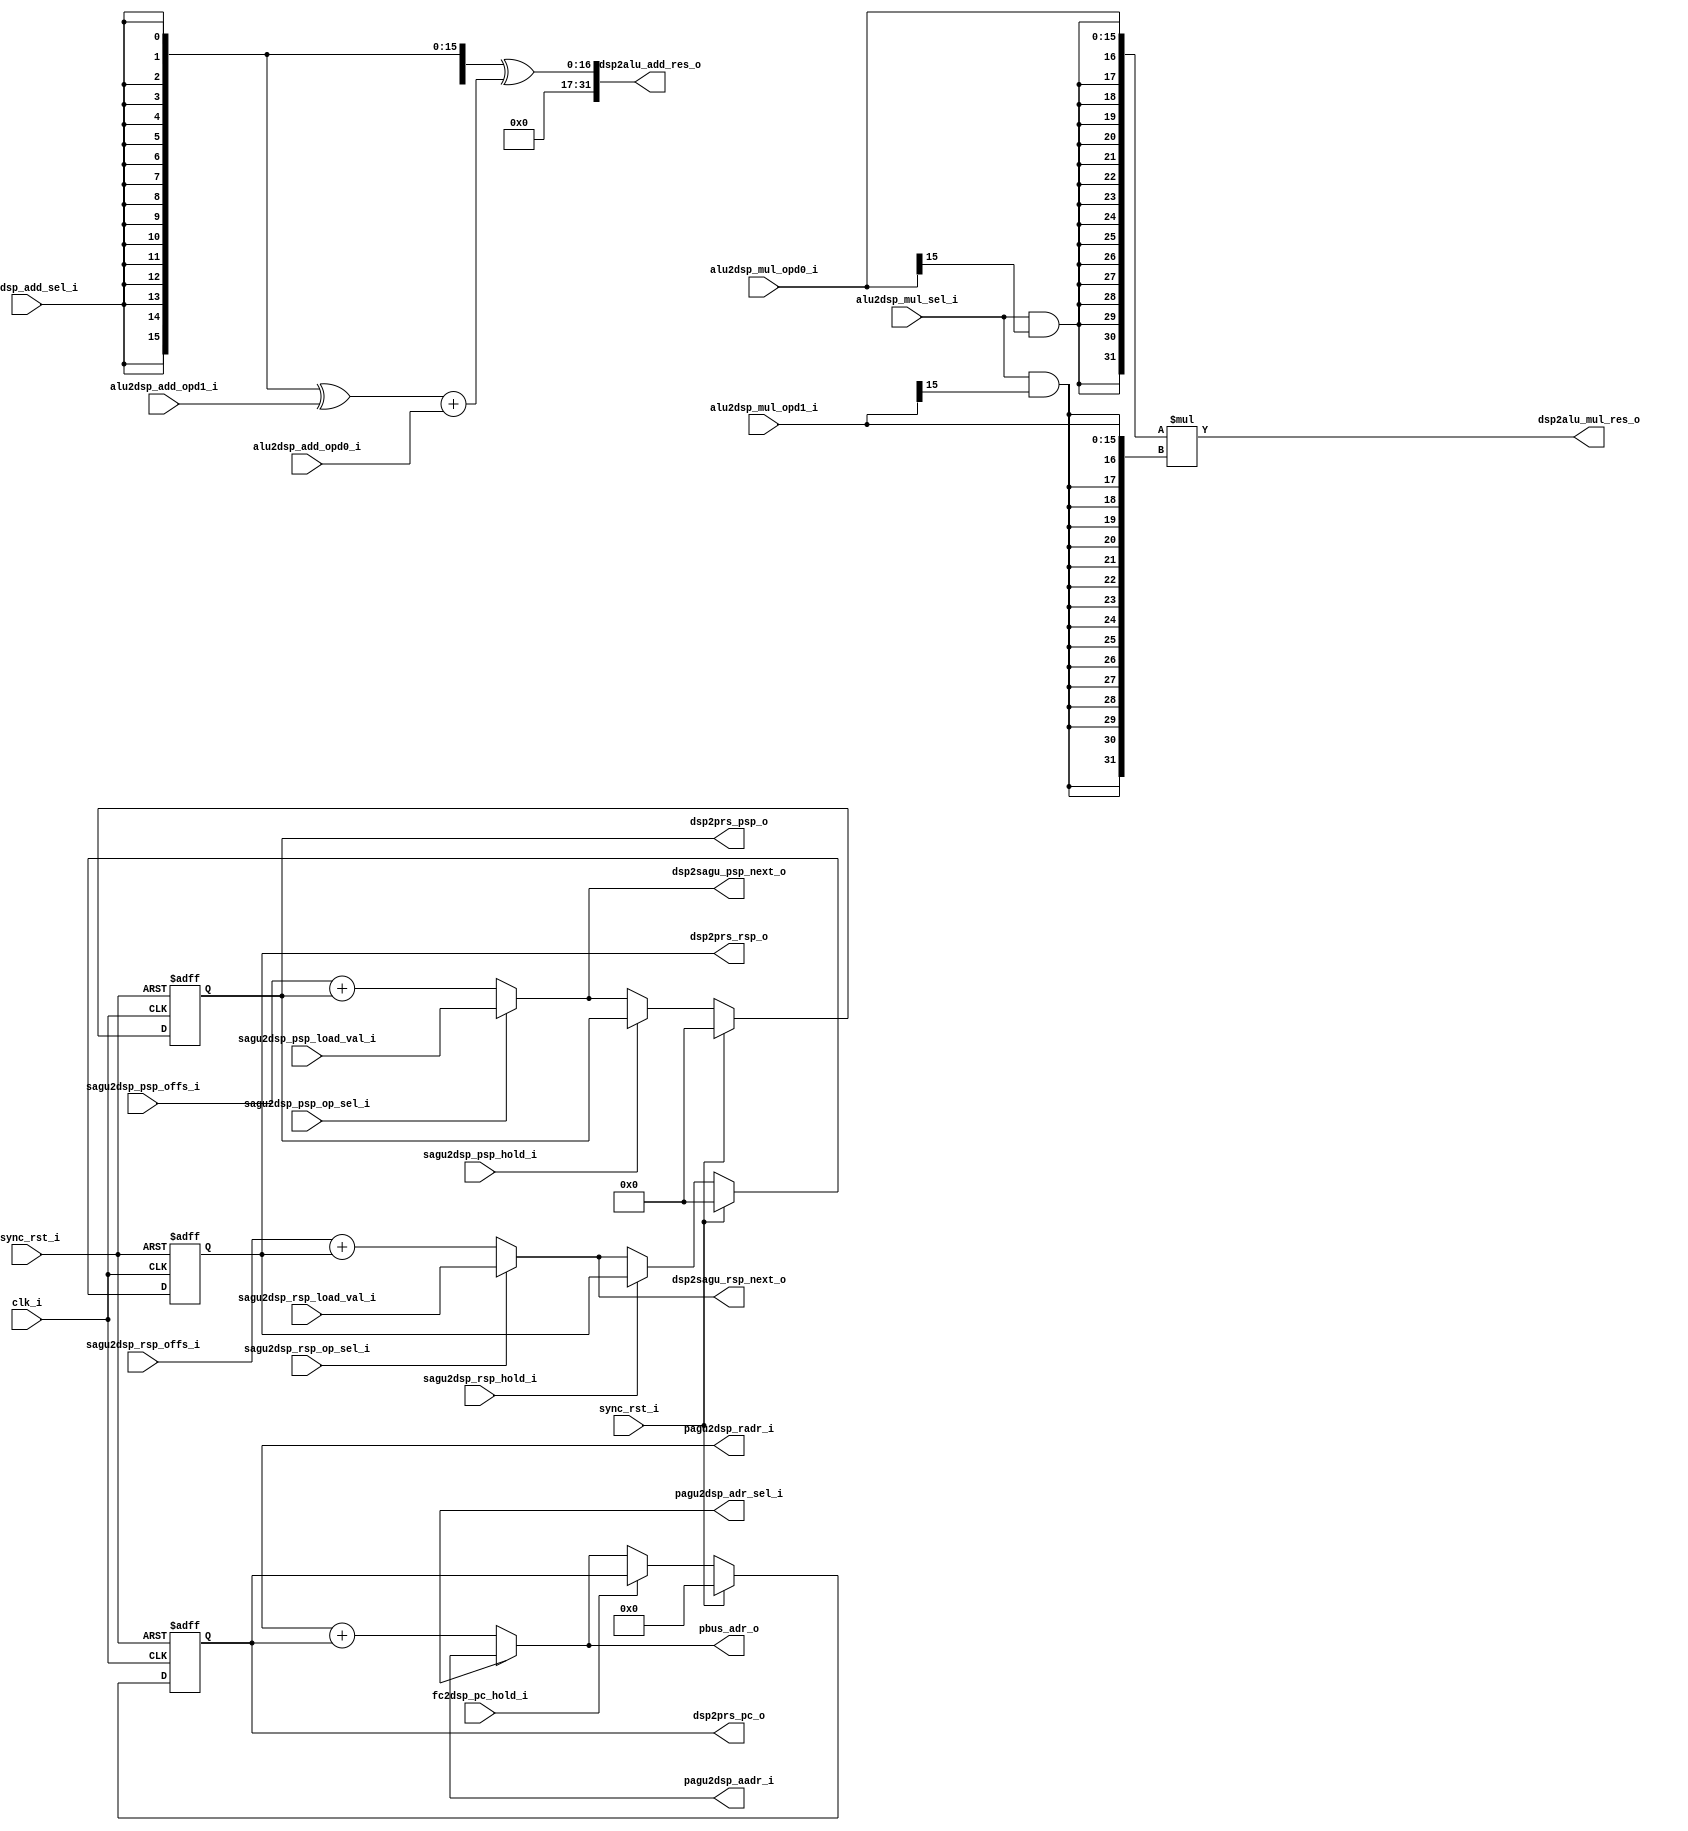
//###############################################################################
//# N1 - Synthesizable Replacement of the DSP Cell Partition                    #
//###############################################################################
//#    Copyright 2018 - 2019 Dirk Heisswolf                                     #
//#    This file is part of the N1 project.                                     #
//#                                                                             #
//#    N1 is free software: you can redistribute it and/or modify               #
//#    it under the terms of the GNU General Public License as published by     #
//#    the Free Software Foundation, either version 3 of the License, or        #
//#    (at your option) any later version.                                      #
//#                                                                             #
//#    N1 is distributed in the hope that it will be useful,                    #
//#    but WITHOUT ANY WARRANTY; without even the implied warranty of           #
//#    MERCHANTABILITY or FITNESS FOR A PARTICULAR PURPOSE.  See the            #
//#    GNU General Public License for more details.                             #
//#                                                                             #
//#    You should have received a copy of the GNU General Public License        #
//#    along with N1.  If not, see <http://www.gnu.org/licenses/>.              #
//###############################################################################
//# Description:                                                                #
//#    This is a synthesizable replacement for the DSP cell partition. It can   #
//#    used for verification and automatic DSP cell allocation.                 #
//#                                                                             #
//###############################################################################
//# Version History:                                                            #
//#   January 10, 2019                                                          #
//#      - Initial release                                                      #
//###############################################################################
`default_nettype none

module N1_dsp
  #(//Integration parameters
    parameter   SP_WIDTH   =  12)                                     //width of a stack pointer

   (//Clock and reset
    input  wire                             clk_i,                    //module clock
    input  wire                             async_rst_i,              //asynchronous reset
    input  wire                             sync_rst_i,               //synchronous reset

    //Program bus (wishbone)
    output wire [15:0]                      pbus_adr_o,               //address bus

    //Internal interfaces
    //-------------------
    //ALU interface
    output wire [31:0]                      dsp2alu_add_res_o,        //result from adder
    output wire [31:0]                      dsp2alu_mul_res_o,        //result from multiplier
    input  wire                             alu2dsp_add_sel_i,        //1:op1 - op0, 0:op1 + op0
    input  wire                             alu2dsp_mul_sel_i,        //1:signed, 0:unsigned
    input  wire [15:0]                      alu2dsp_add_opd0_i,       //first operand for adder/subtractor
    input  wire [15:0]                      alu2dsp_add_opd1_i,       //second operand for adder/subtractor (zero if no operator selected)
    input  wire [15:0]                      alu2dsp_mul_opd0_i,       //first operand for multipliers
    input  wire [15:0]                      alu2dsp_mul_opd1_i,       //second operand dor multipliers (zero if no operator selected)

    //FC interface
    input  wire                             fc2dsp_pc_hold_i,         //maintain PC

    //PAGU interface
    output wire                             pagu2dsp_adr_sel_i,       //1:absolute COF, 0:relative COF
    output wire [15:0]                      pagu2dsp_aadr_i,          //absolute COF address
    output wire [15:0]                      pagu2dsp_radr_i,          //relative COF address

    //PRS interface
    output wire [15:0]                      dsp2prs_pc_o,             //program counter
    output wire [SP_WIDTH-1:0]              dsp2prs_psp_o,            //parameter stack pointer
    output wire [SP_WIDTH-1:0]              dsp2prs_rsp_o,            //return stack pointer

    //SAGU interface
    output wire [SP_WIDTH-1:0]              dsp2sagu_psp_next_o,      //parameter stack pointer
    output wire [SP_WIDTH-1:0]              dsp2sagu_rsp_next_o,      //return stack pointer
    input  wire                             sagu2dsp_psp_hold_i,      //maintain PSP
    input  wire                             sagu2dsp_psp_op_sel_i,    //1:set new PSP, 0:add offset to PSP
    input  wire [SP_WIDTH-1:0]              sagu2dsp_psp_offs_i,      //PSP offset
    input  wire [SP_WIDTH-1:0]              sagu2dsp_psp_load_val_i,  //new PSP
    input  wire                             sagu2dsp_rsp_hold_i,      //maintain RSP
    input  wire                             sagu2dsp_rsp_op_sel_i,    //1:set new RSP, 0:add offset to RSP
    input  wire [SP_WIDTH-1:0]              sagu2dsp_rsp_offs_i,      //relative address
    input  wire [SP_WIDTH-1:0]              sagu2dsp_rsp_load_val_i); //absolute address

   //Internal Signals
   //----------------
   //Program AGU
   reg  [15:0]                              pc_reg;                   //program counter
   //Lower parameter stack AGU
   reg  [SP_WIDTH-1:0]                      psp_reg;                  //parameter stack pointer
   //Lower return  stack AGU
   reg  [SP_WIDTH-1:0]                      rsp_reg;                  //return stack pointer

   //ALU
   //---
   //Adder
   assign dsp2alu_add_res_o = { 15'h0000, {17{alu2dsp_add_sel_i}}} ^
                              ({16'h0000, {16{alu2dsp_add_sel_i}}  ^ alu2dsp_add_opd1_i} +
                               {16'h0000, alu2dsp_add_opd0_i});

   //Multiplier
   assign dsp2alu_mul_res_o = {{16{alu2dsp_mul_sel_i & alu2dsp_mul_opd0_i[15]}}, alu2dsp_mul_opd0_i} *
                              {{16{alu2dsp_mul_sel_i & alu2dsp_mul_opd1_i[15]}}, alu2dsp_mul_opd1_i};

   //Program AGU
   //-----------
   //Program counter
   always @(posedge async_rst_i or posedge clk_i)
     begin
        if (async_rst_i)                                              //asynchronous reset
          pc_reg <= 16'h0000;                                         //start address
        else if (sync_rst_i)                                          //synchronous reset
          pc_reg <= 16'h0000;                                         //start address
        else if (~fc2dsp_pc_hold_i)                                   //update PC
          pc_reg <= pbus_adr_o;
     end // always @ (posedge async_rst_i or posedge clk_i)

   //Outputs
   assign pbus_adr_o   = pagu2dsp_adr_sel_i ? pagu2dsp_aadr_i :
                                              pagu2dsp_radr_i + pc_reg;
   assign dsp2prs_pc_o = pc_reg;

   //Parameter stack AGU
   //-------------------
   //Stack pointer
   always @(posedge async_rst_i or posedge clk_i)
     begin
        if (async_rst_i)                                              //asynchronous reset
          psp_reg <= {SP_WIDTH{1'b0}};                                //TOS
        else if (sync_rst_i)                                          //synchronous reset
          psp_reg <= {SP_WIDTH{1'b0}};                                //TOS
        else if (~sagu2dsp_psp_hold_i)                                //update PSP
          psp_reg <= dsp2sagu_psp_next_o;
     end // always @ (posedge async_rst_i or posedge clk_i)

   //Output
   assign dsp2sagu_psp_next_o = sagu2dsp_psp_op_sel_i ? sagu2dsp_psp_load_val_i :
                                                        sagu2dsp_psp_offs_i + psp_reg;
   assign dsp2prs_psp_o       =  psp_reg;

   //Return stack AGU
   //----------------
   //Stack pointer
   always @(posedge async_rst_i or posedge clk_i)
     begin
        if (async_rst_i)                                              //asynchronous reset
          rsp_reg <= {SP_WIDTH{1'b0}};                                //TOS
        else if (sync_rst_i)                                          //synchronous reset
          rsp_reg <= {SP_WIDTH{1'b0}};                                //TOS
        else if (~sagu2dsp_rsp_hold_i)                                //update RSP
          rsp_reg <= dsp2sagu_rsp_next_o;
     end // always @ (posedge async_rst_i or posedge clk_i)

   //Output
   assign dsp2sagu_rsp_next_o = sagu2dsp_rsp_op_sel_i ? sagu2dsp_rsp_load_val_i :
                                                        sagu2dsp_rsp_offs_i + rsp_reg;
   assign dsp2prs_rsp_o       = rsp_reg;

endmodule // N1_dsp